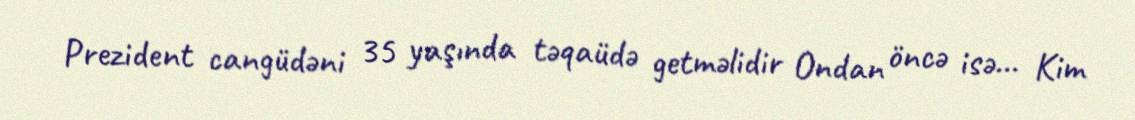
Prezident cangüdəni 35 yaşında təqaüdə getməlidir Ondan öncə isə... Kim